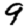
Digit: 9